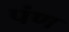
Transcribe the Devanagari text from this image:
पंण